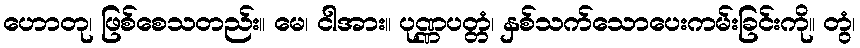
ဟောတု၊ ဖြစ်စေသတည်း။ မေ၊ ငါအား။ ပုဏ္ဏပတ္တံ၊ နှစ်သက်သောပေးကမ်းခြင်းကို။ တွံ၊